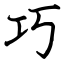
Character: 巧